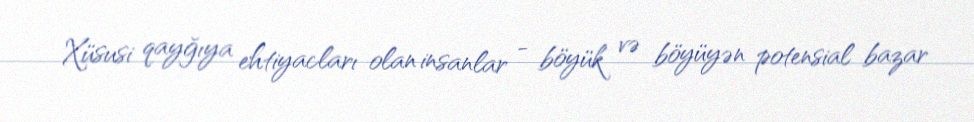
Xüsusi qayğıya ehtiyacları olan insanlar - böyük və böyüyən potensial bazar